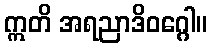
ဣတိ အရညာဒိဝဂ္ဂေါ။